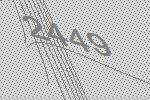
2449